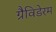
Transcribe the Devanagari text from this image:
ग्रैविडेरम